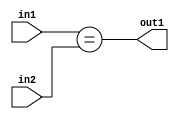
`timescale 1ps / 1ps
/*****************************************************************************
    Verilog RTL Description
    
    
    Created by: Stratus DpOpt 21.05.01 
*******************************************************************************/

module dut_Equal_6Ux2U_1U_4 (
	in2,
	in1,
	out1
	); /* architecture "behavioural" */ 
input [5:0] in2;
input [1:0] in1;
output  out1;
wire  asc001;

assign asc001 = (in1==in2);

assign out1 = asc001;
endmodule

/* CADENCE  urnxSQ8= : u9/ySxbfrwZIxEzHVQQV8Q== ** DO NOT EDIT THIS LINE ******/